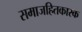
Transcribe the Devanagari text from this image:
समाजहितकारक